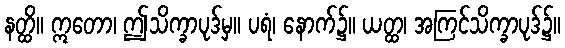
နတ္ထိ။ ဣတော၊ ဤသိက္ခာပုဒ်မှ။ ပရံ၊ နောက်၌။ ယတ္ထ၊ အကြင်သိက္ခာပုဒ်၌။